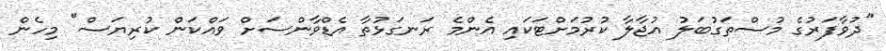
"ދުވާފަރުގެ މުސްތަގުބަލު އުޖާލާ ކުރުމަށްޓަކައި އެންމެ ރަނގަޅުތާ އެޑްވާންސަށް ވައްކަން ކުރިޔަސް" މިހެން